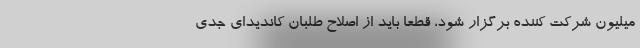
میلیون شرکت کننده برگزار شود، قطعا باید از اصلاح طلبان کاندیدای جدی